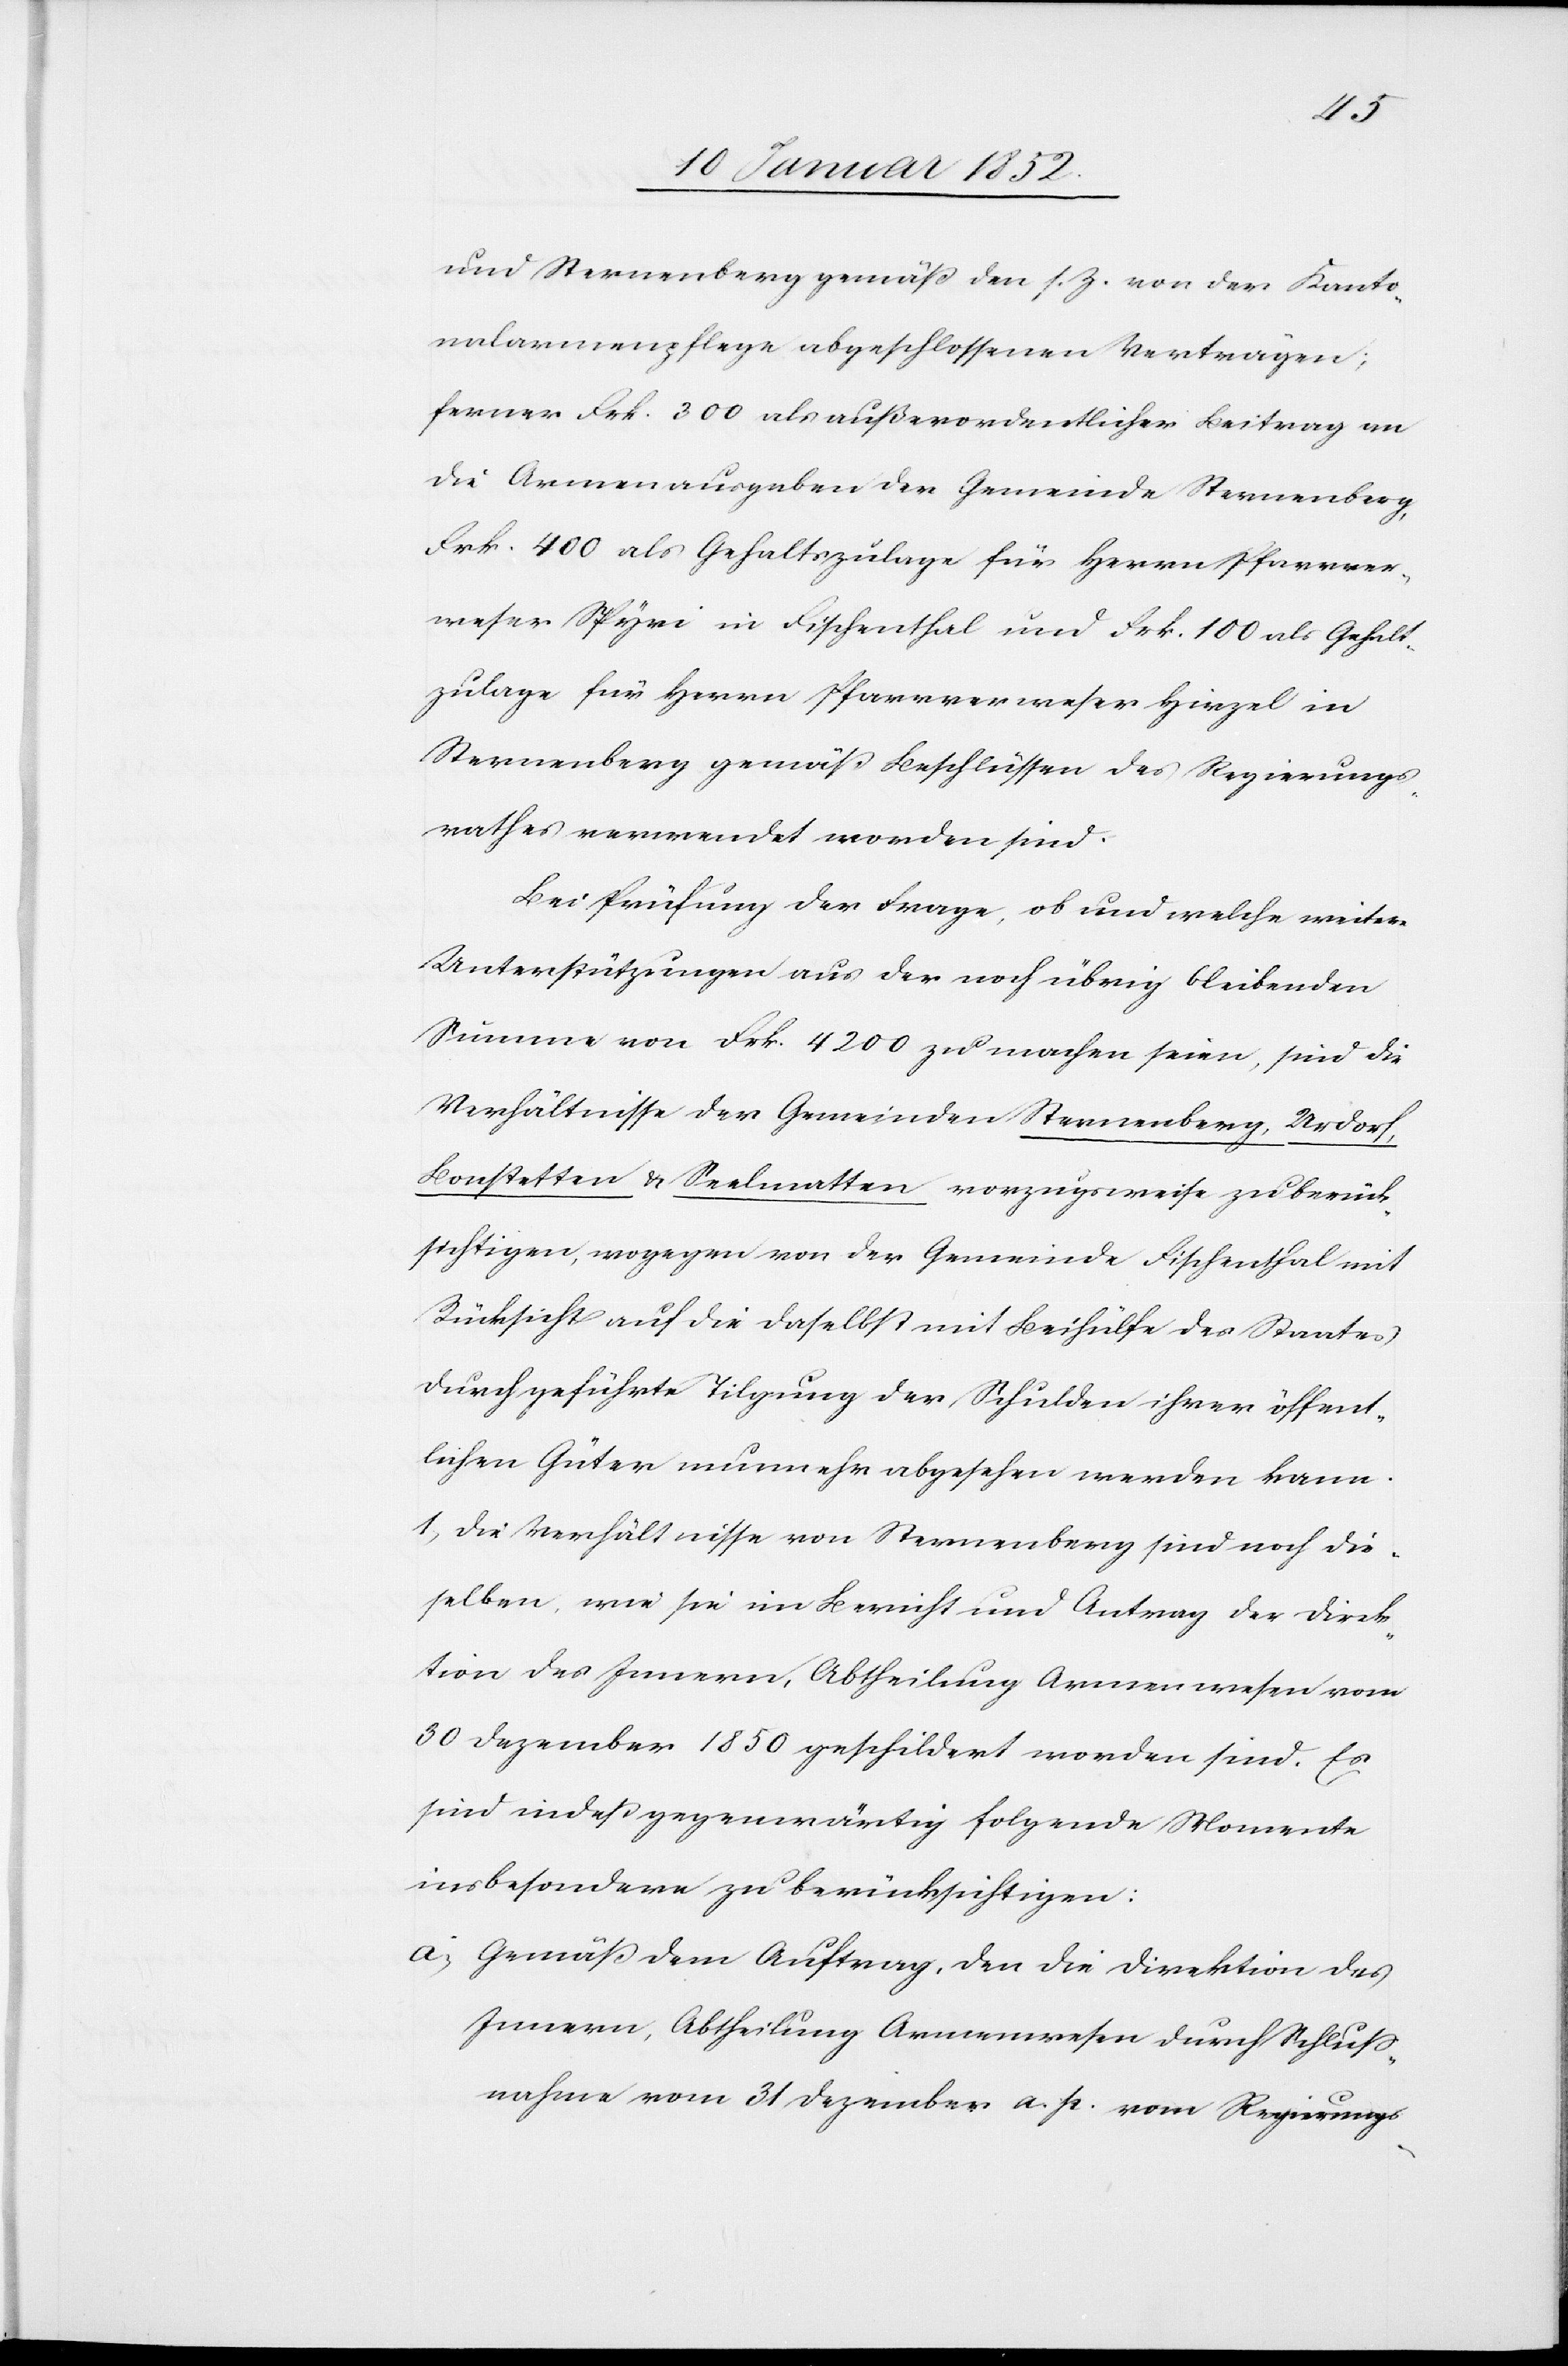
und Sternenberg gemäß den s. z. von der Kanto¬
nalarmenpflege abgeschlossenen Verträgen,
ferner Frk. 300 als außerordentlicher Leitung an
die Armenausgaben der Gemeinde Sternenberg,
Frk. 400 als Gehaltszulage für Herrn Pfarrver¬
weser Spyri in Fischenthal und Frk. 100. als Gehalt¬
zulage für Herrn Pfarrverweser Hirzel in
Sternenberg gemäß Beschlüssen des Regierungs¬
rathes verwendet worden sind.
Bei Prüfung der Frage, ob und welche weitern
Unterstützungen aus der noch übrig bleibenden
Summe von Frk. 4200 zu machen seien, sind die
Verhältnisse der Gemeinde Sternenberg, Urdorf,
Bonstetten u. Seelmatten vorzugsweise zu berück¬
sichtigen, wogegen von der Gemeinde Fischenthal mit
Rücksicht auf die daselbst mit Beihülfe des Staates
durchgeführte Tilgung der Schulden ihrer öffent¬
lichen Güter nunmehr abgesehen werden kann.
1) Die Verhältnisse von Sternenberg sind noch die¬
selben, wie sie im Bericht und Antrag der Direk¬
tion des Innern, Abtheilung Armenwesen vom
30 Dezember 1850 geschildert worden sind. Es
sind indeß gegenwärtig folgende Momente
insbesondere zu berücksichtigen:
a.) Gemäß dem Auftrag, der die Direktion des
Innern, Abtheilung Armenwesen durch Schluß¬
nahme vom 31 Dezember a. p. vom Regierungs-